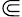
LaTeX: \Subset